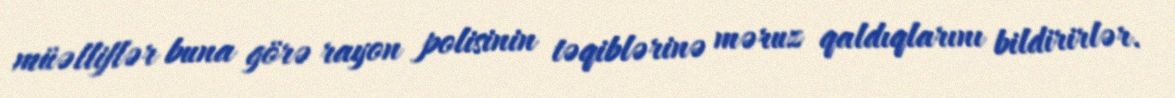
müəlliflər buna görə rayon polisinin təqiblərinə məruz qaldıqlarını bildirirlər.